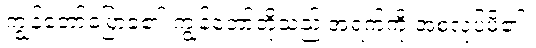
ကျွန်တော်ပြောခဲ့၏။ကျွန်တော်တို့သည် အရက်ကို အစလုပ်မိ၏။